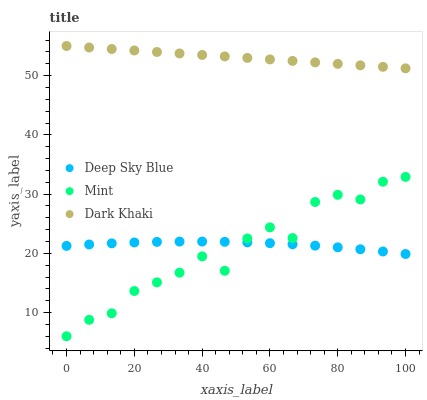
| xaxis_label | Deep Sky Blue | Mint | Dark Khaki |
 | --- | --- | --- | --- |
 | 0 | 21.3 | 6 | 55 |
 | 6.67 | 21.5 | 8.77 | 54.7 |
 | 13.3 | 21.7 | 9.88 | 54.5 |
 | 20 | 21.8 | 13.6 | 54.2 |
 | 26.7 | 21.9 | 15.1 | 54 |
 | 33.3 | 22 | 16.7 | 53.7 |
 | 40 | 22 | 19.5 | 53.5 |
 | 46.7 | 21.9 | 17.1 | 53.2 |
 | 53.3 | 21.9 | 22.5 | 53 |
 | 60 | 21.7 | 24.4 | 52.7 |
 | 66.7 | 21.5 | 22.6 | 52.5 |
 | 73.3 | 21.3 | 28.7 | 52.2 |
 | 80 | 21 | 29.9 | 52 |
 | 86.7 | 20.7 | 29.1 | 51.7 |
 | 93.3 | 20.3 | 32.1 | 51.5 |
 | 100 | 19.9 | 32.9 | 51.2 |